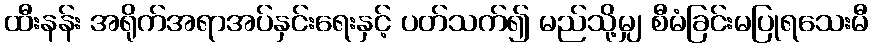
ထီးနန်း အရိုက်အရာအပ်နှင်းရေးနှင့် ပတ်သက်၍ မည်သို့မျှ စီမံခြင်းမပြုရသေးမီ